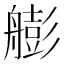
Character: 𦪟